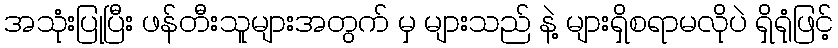
အသုံးပြုပြီး ဖန်တီးသူများအတွက် မှ များသည် နဲ့ များရှိစရာမလိုပဲ ရှိရုံဖြင့်